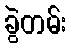
ခွဲတမ်း